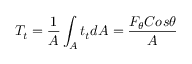
T _ { t } = \frac { 1 } { A } \int _ { A } ^ { } t _ { t } d A = \frac { F _ { \theta } C o s \theta } { A }